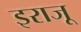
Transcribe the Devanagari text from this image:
इराजू